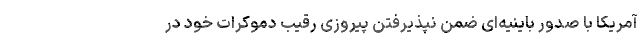
آمریکا با صدور باینیه‌ای ضمن نپذیرفتن پیروزی رقیب دموکرات خود در